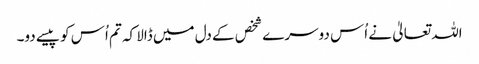
اللہ تعالیٰ نے اُس دوسرے شخص کے دل میں ڈالا کہ تم اُس کو پیسے دو۔